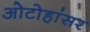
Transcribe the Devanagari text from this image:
ओटोहांसर